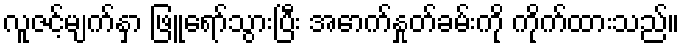
လူဇင့်မျက်နှာ ဖြူရော်သွားပြီး အောက်နှုတ်ခမ်းကို ကိုက်ထားသည်။